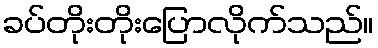
ခပ်တိုးတိုးပြောလိုက်သည်။